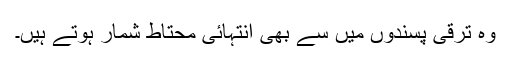
وہ ترقی پسندوں میں سے بھی انتہائی محتاط شمار ہوتے ہیں۔